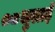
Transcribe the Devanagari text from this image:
०८जुलाई